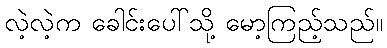
လဲ့လဲ့က ခေါင်းပေါ်သို့ မော့ကြည့်သည်။